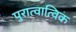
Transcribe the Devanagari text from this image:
पुरात्वात्विक